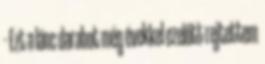
- Ezt a lánc darabot még évekkel ezelőtt rejtettem